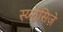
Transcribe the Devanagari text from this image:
स्य्न्ठेसिज़े